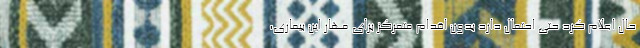
حال اعلام کرد حتی احتمال دارد بدون اقدام متمرکز برای مهار این بیماری،